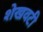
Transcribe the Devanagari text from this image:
शेखवटी